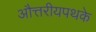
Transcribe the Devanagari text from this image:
औत्तरीयपथके